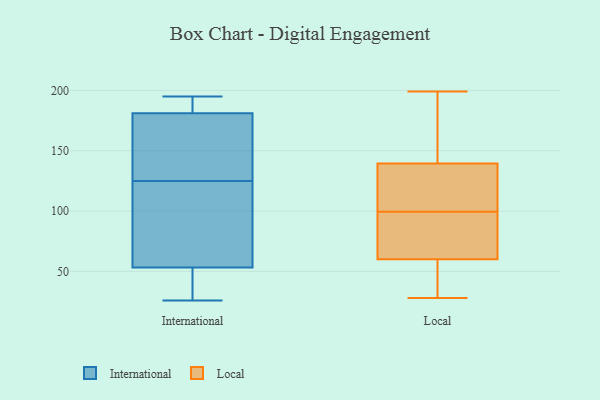
{"axis": {"x": "Population (Million)", "y": "Value"}, "legend": ["International", "Local"], "data": [{"x": "", "y": 54, "type": "International"}, {"x": "", "y": 195, "type": "International"}, {"x": "", "y": 28, "type": "International"}, {"x": "", "y": 122, "type": "International"}, {"x": "", "y": 155, "type": "International"}, {"x": "", "y": 184, "type": "International"}, {"x": "", "y": 26, "type": "International"}, {"x": "", "y": 183, "type": "International"}, {"x": "", "y": 151, "type": "International"}, {"x": "", "y": 53, "type": "International"}, {"x": "", "y": 125, "type": "International"}, {"x": "", "y": 29, "type": "International"}, {"x": "", "y": 67, "type": "International"}, {"x": "", "y": 184, "type": "International"}, {"x": "", "y": 175, "type": "International"}, {"x": "", "y": 112, "type": "Local"}, {"x": "", "y": 89, "type": "Local"}, {"x": "", "y": 28, "type": "Local"}, {"x": "", "y": 153, "type": "Local"}, {"x": "", "y": 29, "type": "Local"}, {"x": "", "y": 82, "type": "Local"}, {"x": "", "y": 78, "type": "Local"}, {"x": "", "y": 110, "type": "Local"}, {"x": "", "y": 42, "type": "Local"}, {"x": "", "y": 185, "type": "Local"}, {"x": "", "y": 126, "type": "Local"}, {"x": "", "y": 199, "type": "Local"}]}